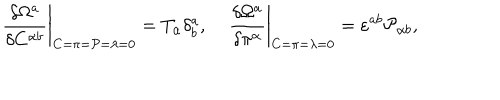
\left. \frac { \delta \Omega ^ { a } } { \delta C ^ { \alpha b } } \right| _ { C = \pi = { \cal P } = \lambda = 0 } = T _ { \alpha } \delta _ { b } ^ { a } , \; \left. \frac { \delta \Omega ^ { a } } { \delta \pi ^ { \alpha } } \right| _ { C = \pi = \lambda = 0 } = \varepsilon ^ { a b } { \cal P } _ { \alpha b } ,